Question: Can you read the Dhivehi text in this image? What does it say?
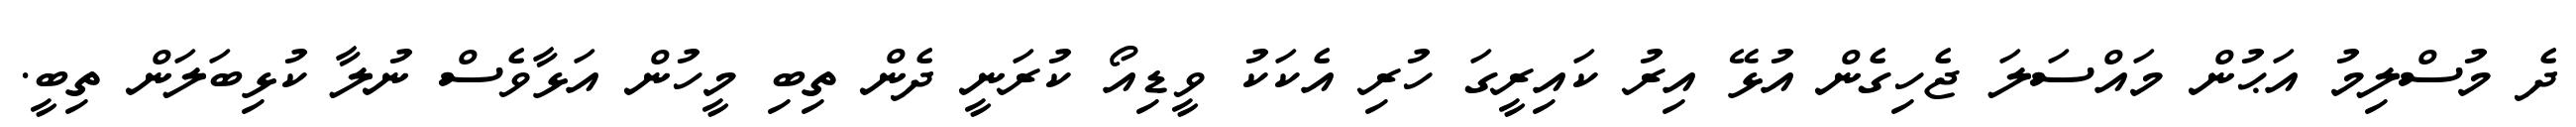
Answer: ދެ މުސްލިމު އަޙުން މައްސަލަ ޖެހިގެން އުޅޭ އިރު ކައިރީގަ ހުރި އެކަކު ވީޑިއޯ ކުރަނީ ދެން ތިބި މީހުން އަޅާވެސް ނުލާ ކުޅިބަލަން ތިބީ.